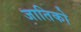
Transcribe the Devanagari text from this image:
जातिको